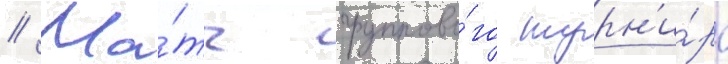
// Ма́тч группово́го турн'и́ра